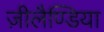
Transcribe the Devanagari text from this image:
ज़ीलैण्डिया